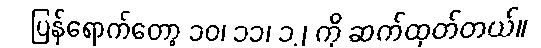
ပြန်ရောက်တော့ ၁၀၊ ၁၁၊ ၁၂ ကို ဆက်ထုတ်တယ်။